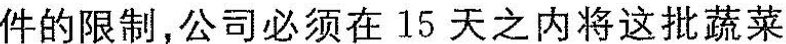
件的限制，公司必须在15天之内将这批蔬菜